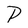
Character: P